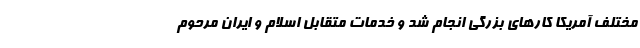
مختلف آمریکا کارهای بزرگی انجام شد و خدمات متقابل اسلام و ایران مرحوم